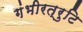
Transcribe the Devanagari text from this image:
गंभीरत्रुटि